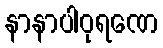
နာနာပါဝုရဏေ